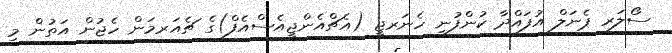
ސޯލަރ ޕެނަލް އުފައްދާ ކުންފުނި ހެނަރޖީ (އެޗްއެންޖީއެސްއެފް)ގެ ޗެއަރމަން ހެޖުން އަތުން މި